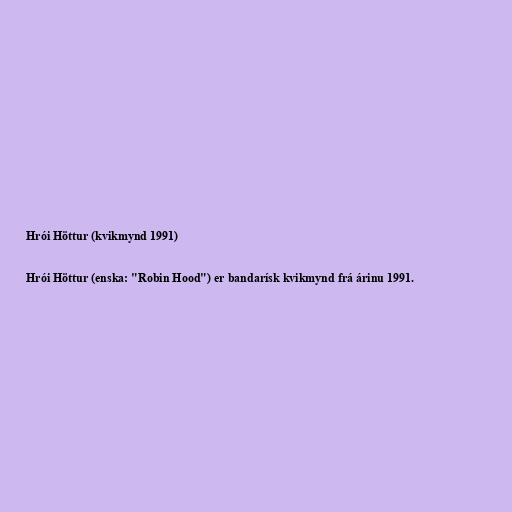
Hrói Höttur (kvikmynd 1991)

Hrói Höttur (enska: "Robin Hood") er bandarísk kvikmynd frá árinu 1991.